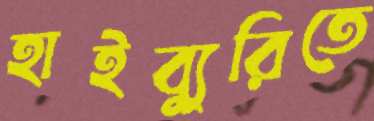
হাইব্যুরিতে